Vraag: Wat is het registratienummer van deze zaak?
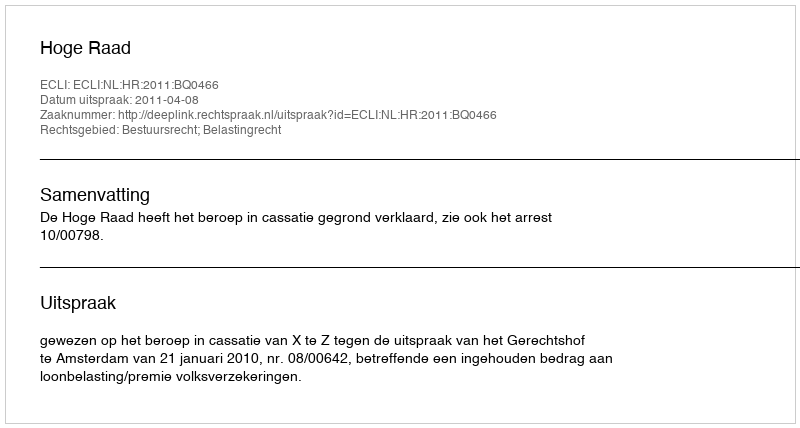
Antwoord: http://deeplink.rechtspraak.nl/uitspraak?id=ECLI:NL:HR:2011:BQ0466